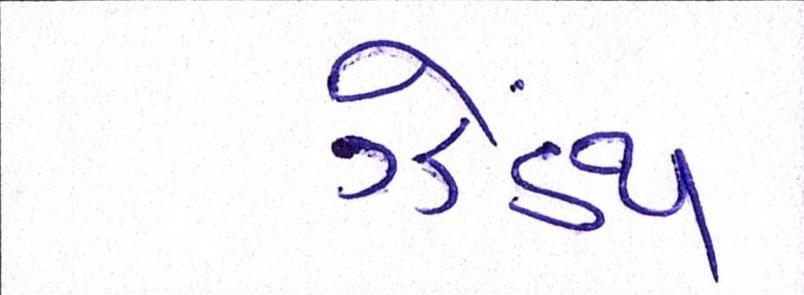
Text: ઝેંઽથ